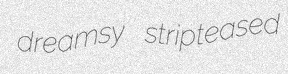
dreamsy stripteased